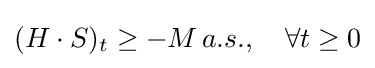
(H\cdot S)_{t}\geq -M\,a.s.,\quad \forall t\geq 0